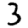
Digit: 3